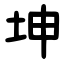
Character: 坤